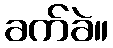
ခက်ခဲ။